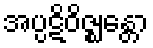
အပ္ပဋိဝိဇ္ဈန္တော